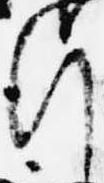
行